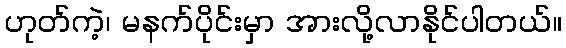
ဟုတ်ကဲ့၊ မနက်ပိုင်းမှာ အားလို့လာနိုင်ပါတယ်။